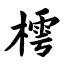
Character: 樗